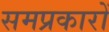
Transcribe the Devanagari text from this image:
समप्रकारों